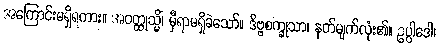
အကြောင်းမရှိရကား။ အဝတ္ထုသ္မိံ၊ မှီရာမရှိခဲသော်။ ဒိဗ္ဗစက္ခုသာ၊ နတ်မျက်လုံး၏။ ဥပ္ပါဒေါ၊